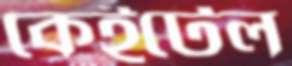
কেইটেল